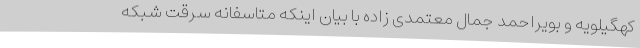
کهگیلویه و بویراحمد جمال معتمدی زاده با بیان اینکه متاسفانه سرقت شبکه